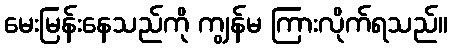
မေးမြန်းနေသည်ကို ကျွန်မ ကြားလိုက်ရသည်။